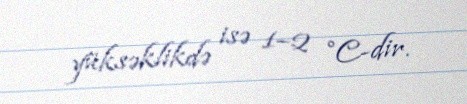
yüksəklikdə isə 1–2 °C-dir.